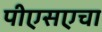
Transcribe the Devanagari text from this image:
पीएसएचा